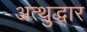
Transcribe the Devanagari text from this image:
अत्थुद्धार